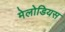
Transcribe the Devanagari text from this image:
मेलोडियस